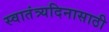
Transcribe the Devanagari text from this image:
स्वातंत्र्यदिनासाठी